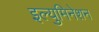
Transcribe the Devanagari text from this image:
इल्युमिनेशन